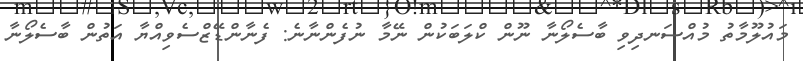
މައުލޫމާތު މުއްސަނދިވި ބާސެލޯނާ ނޫން ކްލަބަކުން ނޭމާ ނުފެންނާނެ: ފެނާންޑޭޒްސެވިއްޔާ އަތުން ބާސެލޯނާ